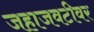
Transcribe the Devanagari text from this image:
जहाजवटीवर